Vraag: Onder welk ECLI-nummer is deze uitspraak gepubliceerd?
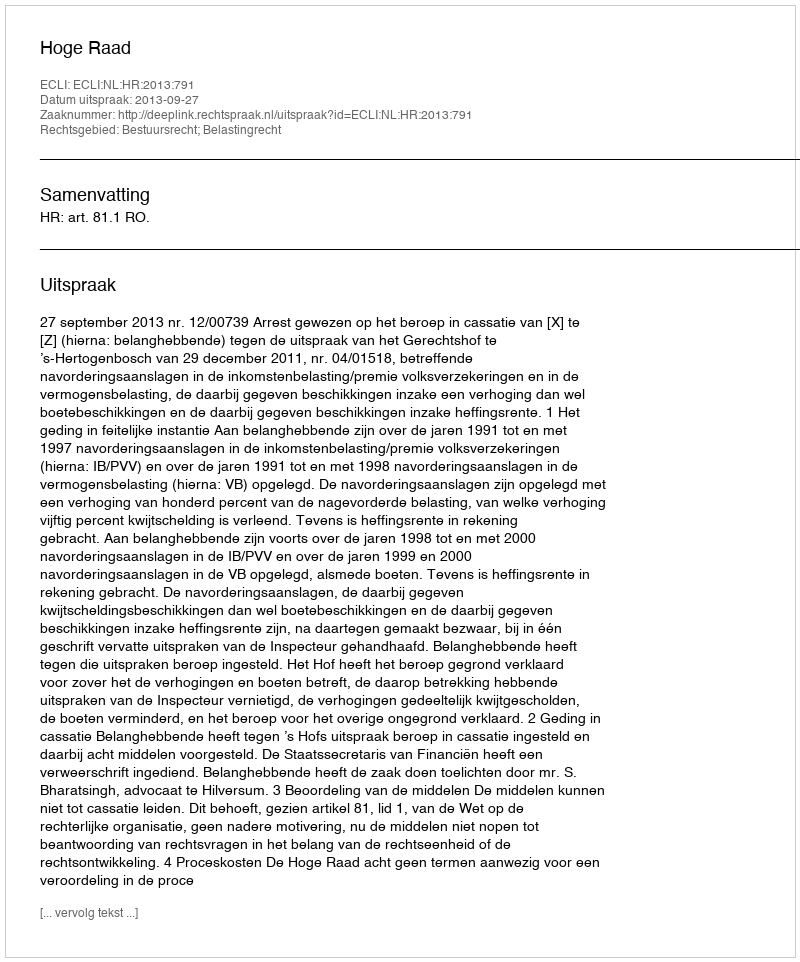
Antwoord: ECLI:NL:HR:2013:791